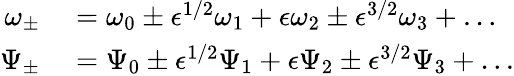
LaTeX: \begin{array}{rl}{\omega_{\pm}}&{{}=\omega_{0}\pm\epsilon^{1/2}\omega_{1}+\epsilon\omega_{2}\pm\epsilon^{3/2}\omega_{3}+\ldots}\\ {\Psi_{\pm}}&{{}=\Psi_{0}\pm\epsilon^{1/2}\Psi_{1}+\epsilon\Psi_{2}\pm\epsilon^{3/2}\Psi_{3}+\ldots}\end{array}